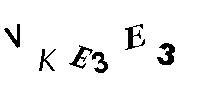
VKE3E3